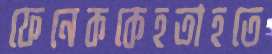
ফেনেককেহতাহতে